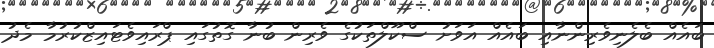
ބައެއް ބެލެނިވެރިންނާއި ބައެއް އަވަށު ސްކޫލްތަކުގެ ވެރިން ބުނާ ގޮތުގައި ޕްރައިވެޓައިޒްކުރުމާ މެދު